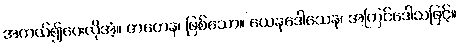
အကယ်၍ပေးလိုအံ့။ ဇာတေန၊ ဖြစ်သော။ ယေနဒေါသေန၊ အကြင်ဒေါသဖြင့်။